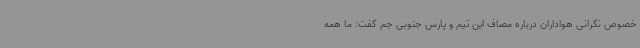
خصوص نگرانی هواداران درباره مصاف این تیم و پارس جنوبی جم گفت: ما همه